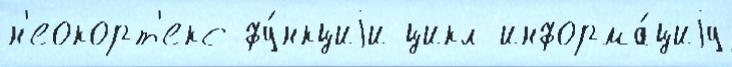
н'еокорт'екс фу́нкциjи цикл информа́циjу